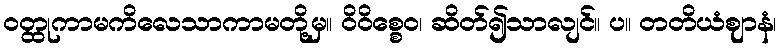
ဝတ္ထုကာမကိလေသာကာမတို့မှ။ ဝိဝိစ္စေဝ၊ ဆိတ်၍သာလျင်။ ပ။ တတိယံဈာနံ၊